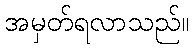
အမှတ်ရလာသည်။